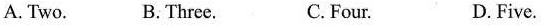
A.Two. B. Three. C.Four. D. Five.